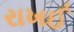
રાખઈ